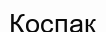
Қоспақ